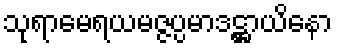
သုရာမေရယမဇ္ဇပ္ပမာဒဋ္ဌာယိနော